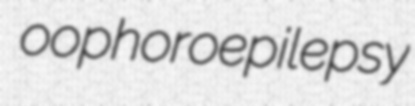
oophoroepilepsy